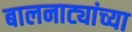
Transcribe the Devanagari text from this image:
बालनाट्यांच्या